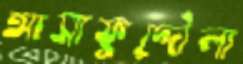
আসাফুদ্দৌলা